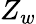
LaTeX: Z_{w}